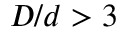
D / d > 3